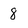
Character: 8